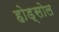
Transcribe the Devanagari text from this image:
होड्सोल